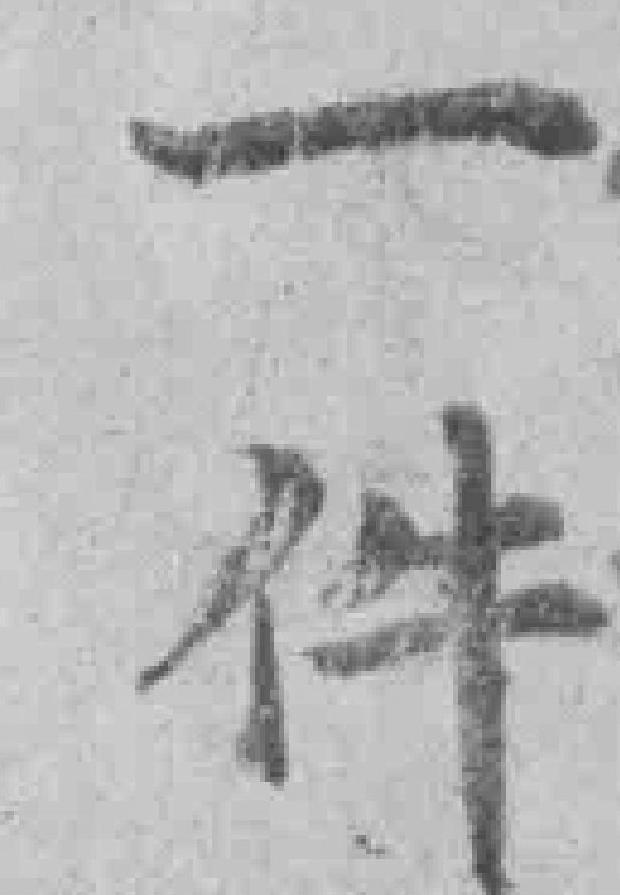
一件